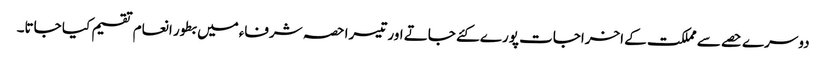
دوسرے حصے سے مملکت کے اخراجات پورے کئے جاتے اور تیسرا حصہ شرفاءمیں بطور انعام تقسیم کیا جاتا۔